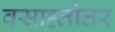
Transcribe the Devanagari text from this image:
वसाह्तोत्तर